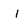
Character: i